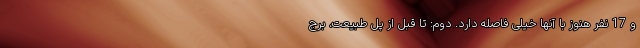
و 17 نفر هنوز با آنها خیلی فاصله دارد. دوم: تا قبل از پل طبیعت، برج